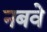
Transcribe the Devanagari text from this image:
नबवे